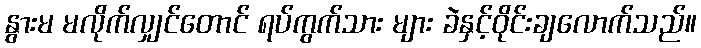
နွားမ မလိုက်လျှင်တောင် ရပ်ကွက်သား များ ခဲနှင့်ဝိုင်းချလောက်သည်။